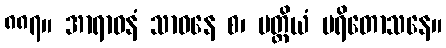
၈၈၇။ အာရာဓနံ သာဓနေ စ၊ ပတ္တိယံ ပရိတောသနေ။